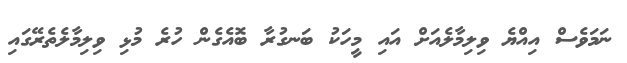
ނަމަވެސް އިއްޔެ ވިލިމާލެއަށް އައި މީހަކު ބަނގުރާ ބޮއެގެން ހުރެ މުޅި ވިލިމާލެތެރޭގައި